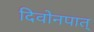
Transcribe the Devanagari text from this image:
दिवोनपात्